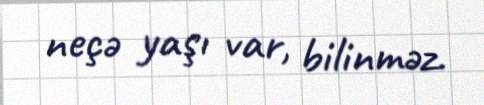
neçə yaşı var, bilinməz.